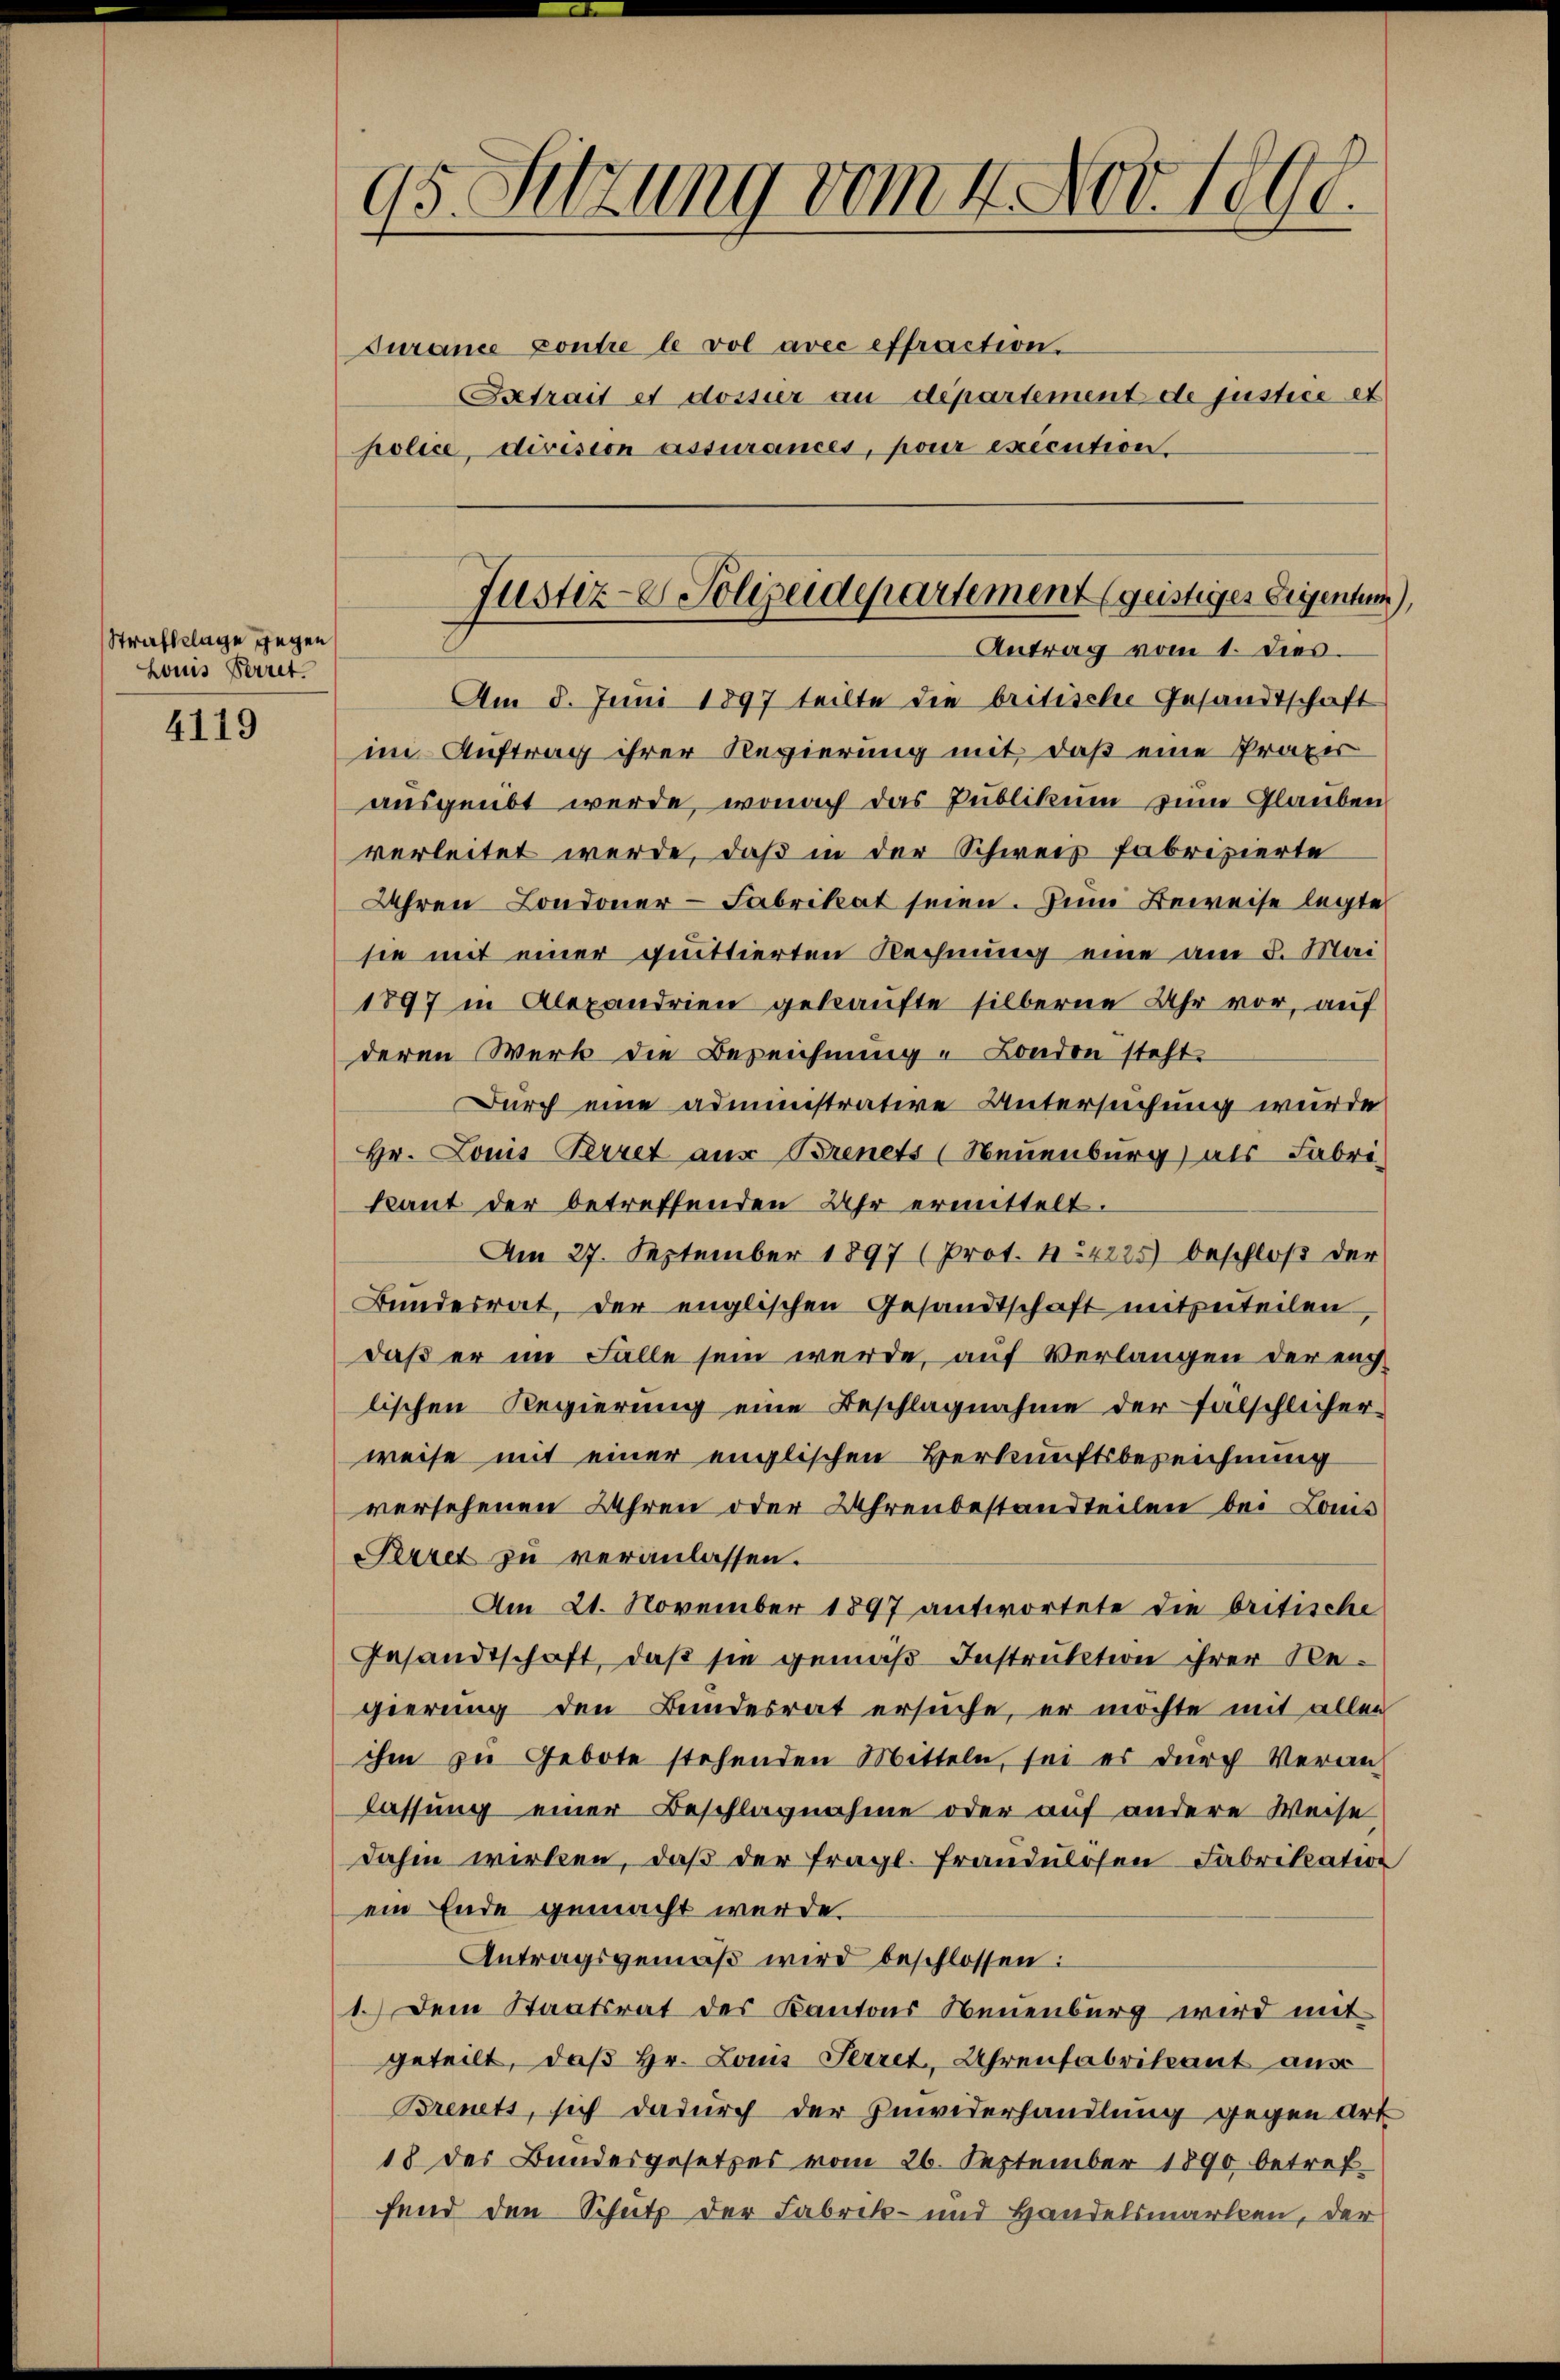
Strafklage gegen
Louis Perret.

4119

95. Setzung vom 4. Nov. 1890.

Turance contre le vol avec effraction.
Extrait et dossier an departement de justice et
police, division assurances, pour exécution.
Am 8. Juni 1897 teilte die britische Gesandtschaft
im Auftrag ihrer Regierung mit, daß eine Praxir
ausgeübt werde, wonach das Publikum zum Glauben
verleitet werde, daß in der Schweis fabrizierte
Uhren Londoner-Fabrikat seien. Zum Beweise legte
sie mit einer quittierten Rechnung eine am 8. Mai
1897 in Alexandrien gekaufte silberne Uhr vor, auf
deren Werk die Bezeichnung u London steht
Durch eine administrative Untersuchung wurde
Hr. Louis Perret aus Brenets (Neuenburg) als Fabri
kant der betreffenden Uhr ermittelt.
Am 27. September 1897 (Prot. 424225) beschloß der
Bundesrat, der englischen Gesandtschaft mitzuteilen
daß er im Falle sein werde, auf Verlangen der euchlischen Regierung eine Beschlagnahme der falschlicher
weise mit einer englischen Verkunftsbezeichnung
versehenen Uhren oder Uhrenbestandteilen bei Louis
Siret zu veranlassen.
Am 21. November 1897 antwortete die britische
Gesandtschaft, daß sie gemäß Instruktion ihrer Regierung den Bundesrat ersuche, er möchte mit allen
ihm zu Gebote stehenden Mitteln, sei er durch Veran
lassung einer Beschlagnahme oder auf andere Weise
dahin wirken, daß der fragl. Frandulosen Fabrikation
ein Ende gemacht werde.
Antragsgemäß wird beschlossen:
1.) Dem Staatsrat des Kantons Neuenburg wird mit
geteilt, daß Hr. Louis Herret, Uhrenfabritant aus
Brenets, sich dadurch der Inwiderhandlung gegen Art
18 des Bundesgesetzes vom 26. September 1890 betreffend den Schutz der Fabrik- und Handelsmarken, der

Justiz- Polizeidepartement (geistiges Eigentum
Antrag vom 1. dies